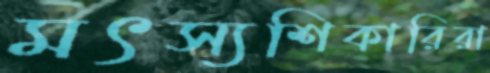
মৎস্যশিকারিরা